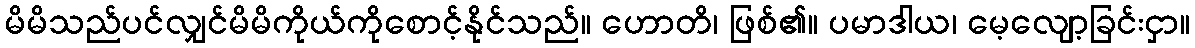
မိမိသည်ပင်လျှင်မိမိကိုယ်ကိုစောင့်နိုင်သည်။ ဟောတိ၊ ဖြစ်၏။ ပမာဒါယ၊ မေ့လျော့ခြင်းငှာ။